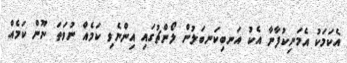
އެކަމަކު އެމަނިކުފާނާ އެކު އަނބިކަނބަލުން ލޯންޗުގައި އިންނެވި ކަމެއް ނުވަތަ ނޫން ކަމެއް